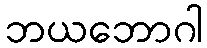
ဘယဘောဂါ